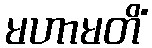
မဟာမတိံ